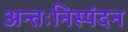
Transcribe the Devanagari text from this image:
अन्तःनिस्पंदन